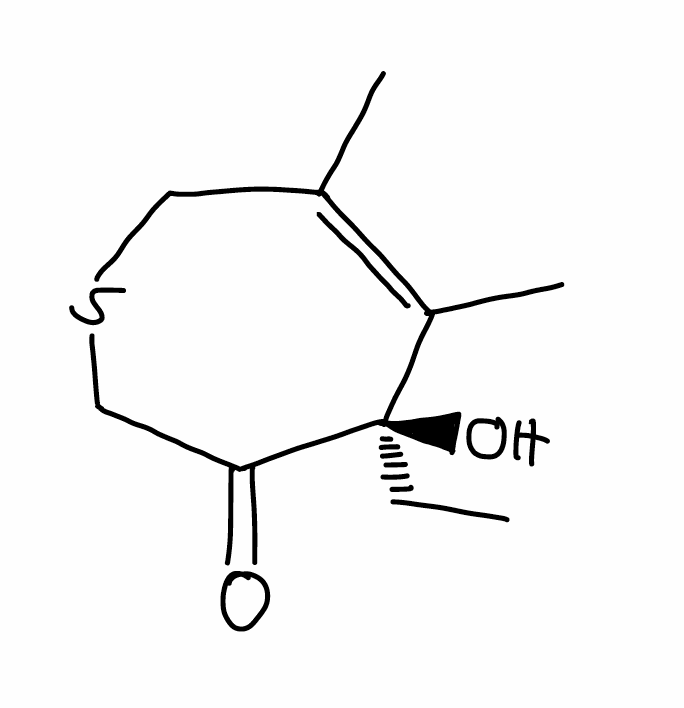
Simplified molecular-input line-entry system (SMILES) notation of the given molecule:
CC[C@]1(C(=C(CSCC1=O)C)C)O